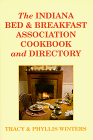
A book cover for The Indiana Bed and Breakfast Association Cookbook and Directory; Tracy Winters; Travel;